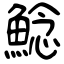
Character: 鯰